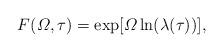
LaTeX: \begin{align*}F({\mit\Omega},\tau)=\exp[{\mit\Omega}\ln(\lambda(\tau))], \end{align*}